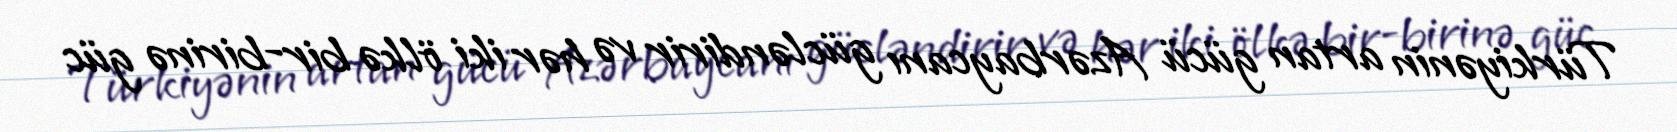
Türkiyənin artan gücü Azərbaycanı gücləndirir və hər iki ölkə bir-birinə güc